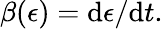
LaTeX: \beta(\epsilon)=\mathrm{d}\epsilon/\mathrm{d}t.